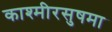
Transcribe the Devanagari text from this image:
काश्मीरसुषमा